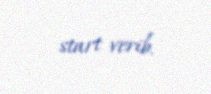
start verib.